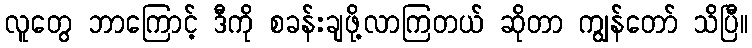
လူတွေ ဘာကြောင့် ဒီကို စခန်းချဖို့လာကြတယ် ဆိုတာ ကျွန်တော် သိပြီ။